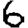
Digit: 6